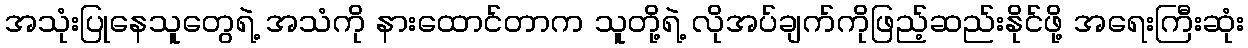
အသုံးပြုနေသူတွေရဲ့ အသံကို နားထောင်တာက သူတို့ရဲ့ လိုအပ်ချက်ကိုဖြည့်ဆည်းနိုင်ဖို့ အရေးကြီးဆုံး